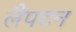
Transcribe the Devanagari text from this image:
लैंपटन